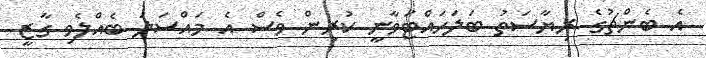
އެ ބެންޗުގެ ރިޔާސަތު ބަލަހައްޓަވާނީ ކުރިން ވެސް އެ މައްސަލަ ބެއްލެވި ގާޒީ